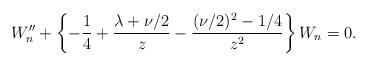
LaTeX: \begin{align*}W^{\prime\prime}_{n}+\left\{{-{1\over 4}+{\lambda+\nu/2\over z}-{(\nu/2)^2-1/4\over z^2}}\right\}W_{n}=0.\end{align*}